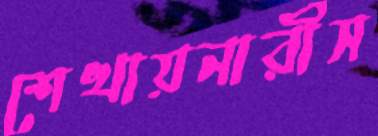
শেখায়নারীস